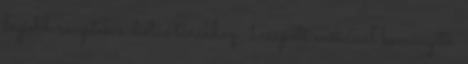
legjobb receptek a diétás túrákhoz. 1 csapott evőkanál keményítő.